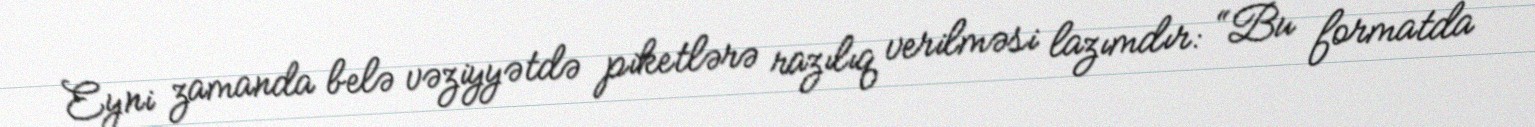
Eyni zamanda belə vəziyyətdə piketlərə razılıq verilməsi lazımdır: “Bu formatda